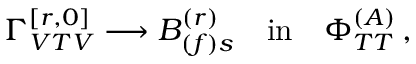
\Gamma _ { V T V } ^ { [ r , 0 ] } \longrightarrow B _ { ( f ) s } ^ { ( r ) } \quad \mathrm { { i n } } \quad \Phi _ { T T } ^ { ( A ) } \, ,